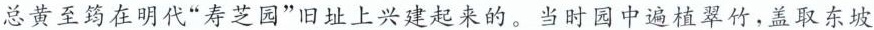
总黄至筠在明代”寿芝园”旧址上兴建起来的。当时园中遍植翠竹，盖取东坡